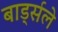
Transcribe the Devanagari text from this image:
बार्ड्सले